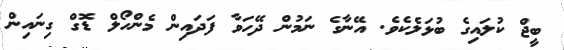
ބީޖް ކުލައިގެ ބުޅަލެކެވެ. އޭނާގެ ނަމުން ދޭހަވާ ފަދައިން މެންހޯލް ޑޮގް ގިނައިން